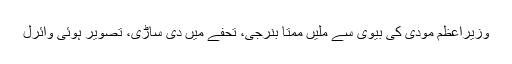
وزیراعظم مودی کی بیوی سے ملیں ممتا بنرجی، تحفے میں دی ساڑی، تصویر ہوئی وائرل